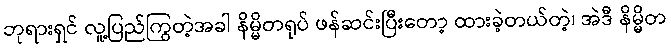
ဘုရားရှင် လူ့ပြည်ကြွတဲ့အခါ နိမ္မိတရုပ် ဖန်ဆင်းပြီးတော့ ထားခဲ့တယ်တဲ့၊ အဲဒီ နိမ္မိတ